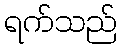
ရက်သည်